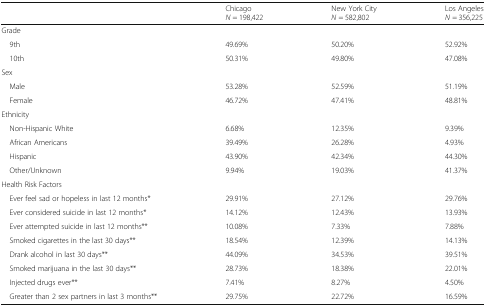
|  | ChicagoN = 198,422 | New York CityN = 582,802 | Los AngelesN = 356,225 |
 | --- | --- | --- | --- |
 | <COLSPAN=4> Grade |
 | 9th | 49.69% | 50.20% | 52.92% |
 | 10th | 50.31% | 49.80% | 47.08% |
 | <COLSPAN=4> Sex |
 | Male | 53.28% | 52.59% | 51.19% |
 | Female | 46.72% | 47.41% | 48.81% |
 | <COLSPAN=4> Ethnicity |
 | Non-Hispanic White | 6.68% | 12.35% | 9.39% |
 | African Americans | 39.49% | 26.28% | 4.93% |
 | Hispanic | 43.90% | 42.34% | 44.30% |
 | Other/Unknown | 9.94% | 19.03% | 41.37% |
 | <COLSPAN=4> Health Risk Factors |
 | Ever feel sad or hopeless in last 12 months* | 29.91% | 27.12% | 29.76% |
 | Ever considered suicide in last 12 months* | 14.12% | 12.43% | 13.93% |
 | Ever attempted suicide in last 12 months** | 10.08% | 7.33% | 7.88% |
 | Smoked cigarettes in the last 30 days** | 18.54% | 12.39% | 14.13% |
 | Drank alcohol in last 30 days** | 44.09% | 34.53% | 39.51% |
 | Smoked marijuana in the last 30 days** | 28.73% | 18.38% | 22.01% |
 | Injected drugs ever** | 7.41% | 8.27% | 4.50% |
 | Greater than 2 sex partners in last 3 months** | 29.75% | 22.72% | 16.59% |